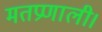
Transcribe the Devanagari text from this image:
मतप्रणाली।